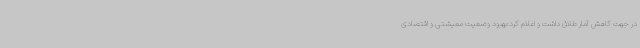
در جهت کاهش آمار طلاق داشت و اعلام کرد:بهبود وضعیت معیشتی و اقتصادی